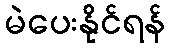
မဲပေးနိုင်ရန်